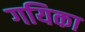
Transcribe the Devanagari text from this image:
गयिका